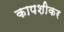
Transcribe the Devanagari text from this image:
कापशीकर